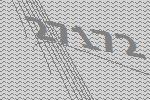
27172